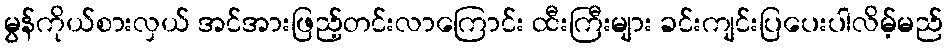
မွန်ကိုယ်စားလှယ် အင်အားဖြည့်တင်းလာကြောင်း ထီးကြီးများ ခင်းကျင်းပြပေးပါလိမ့်မည်